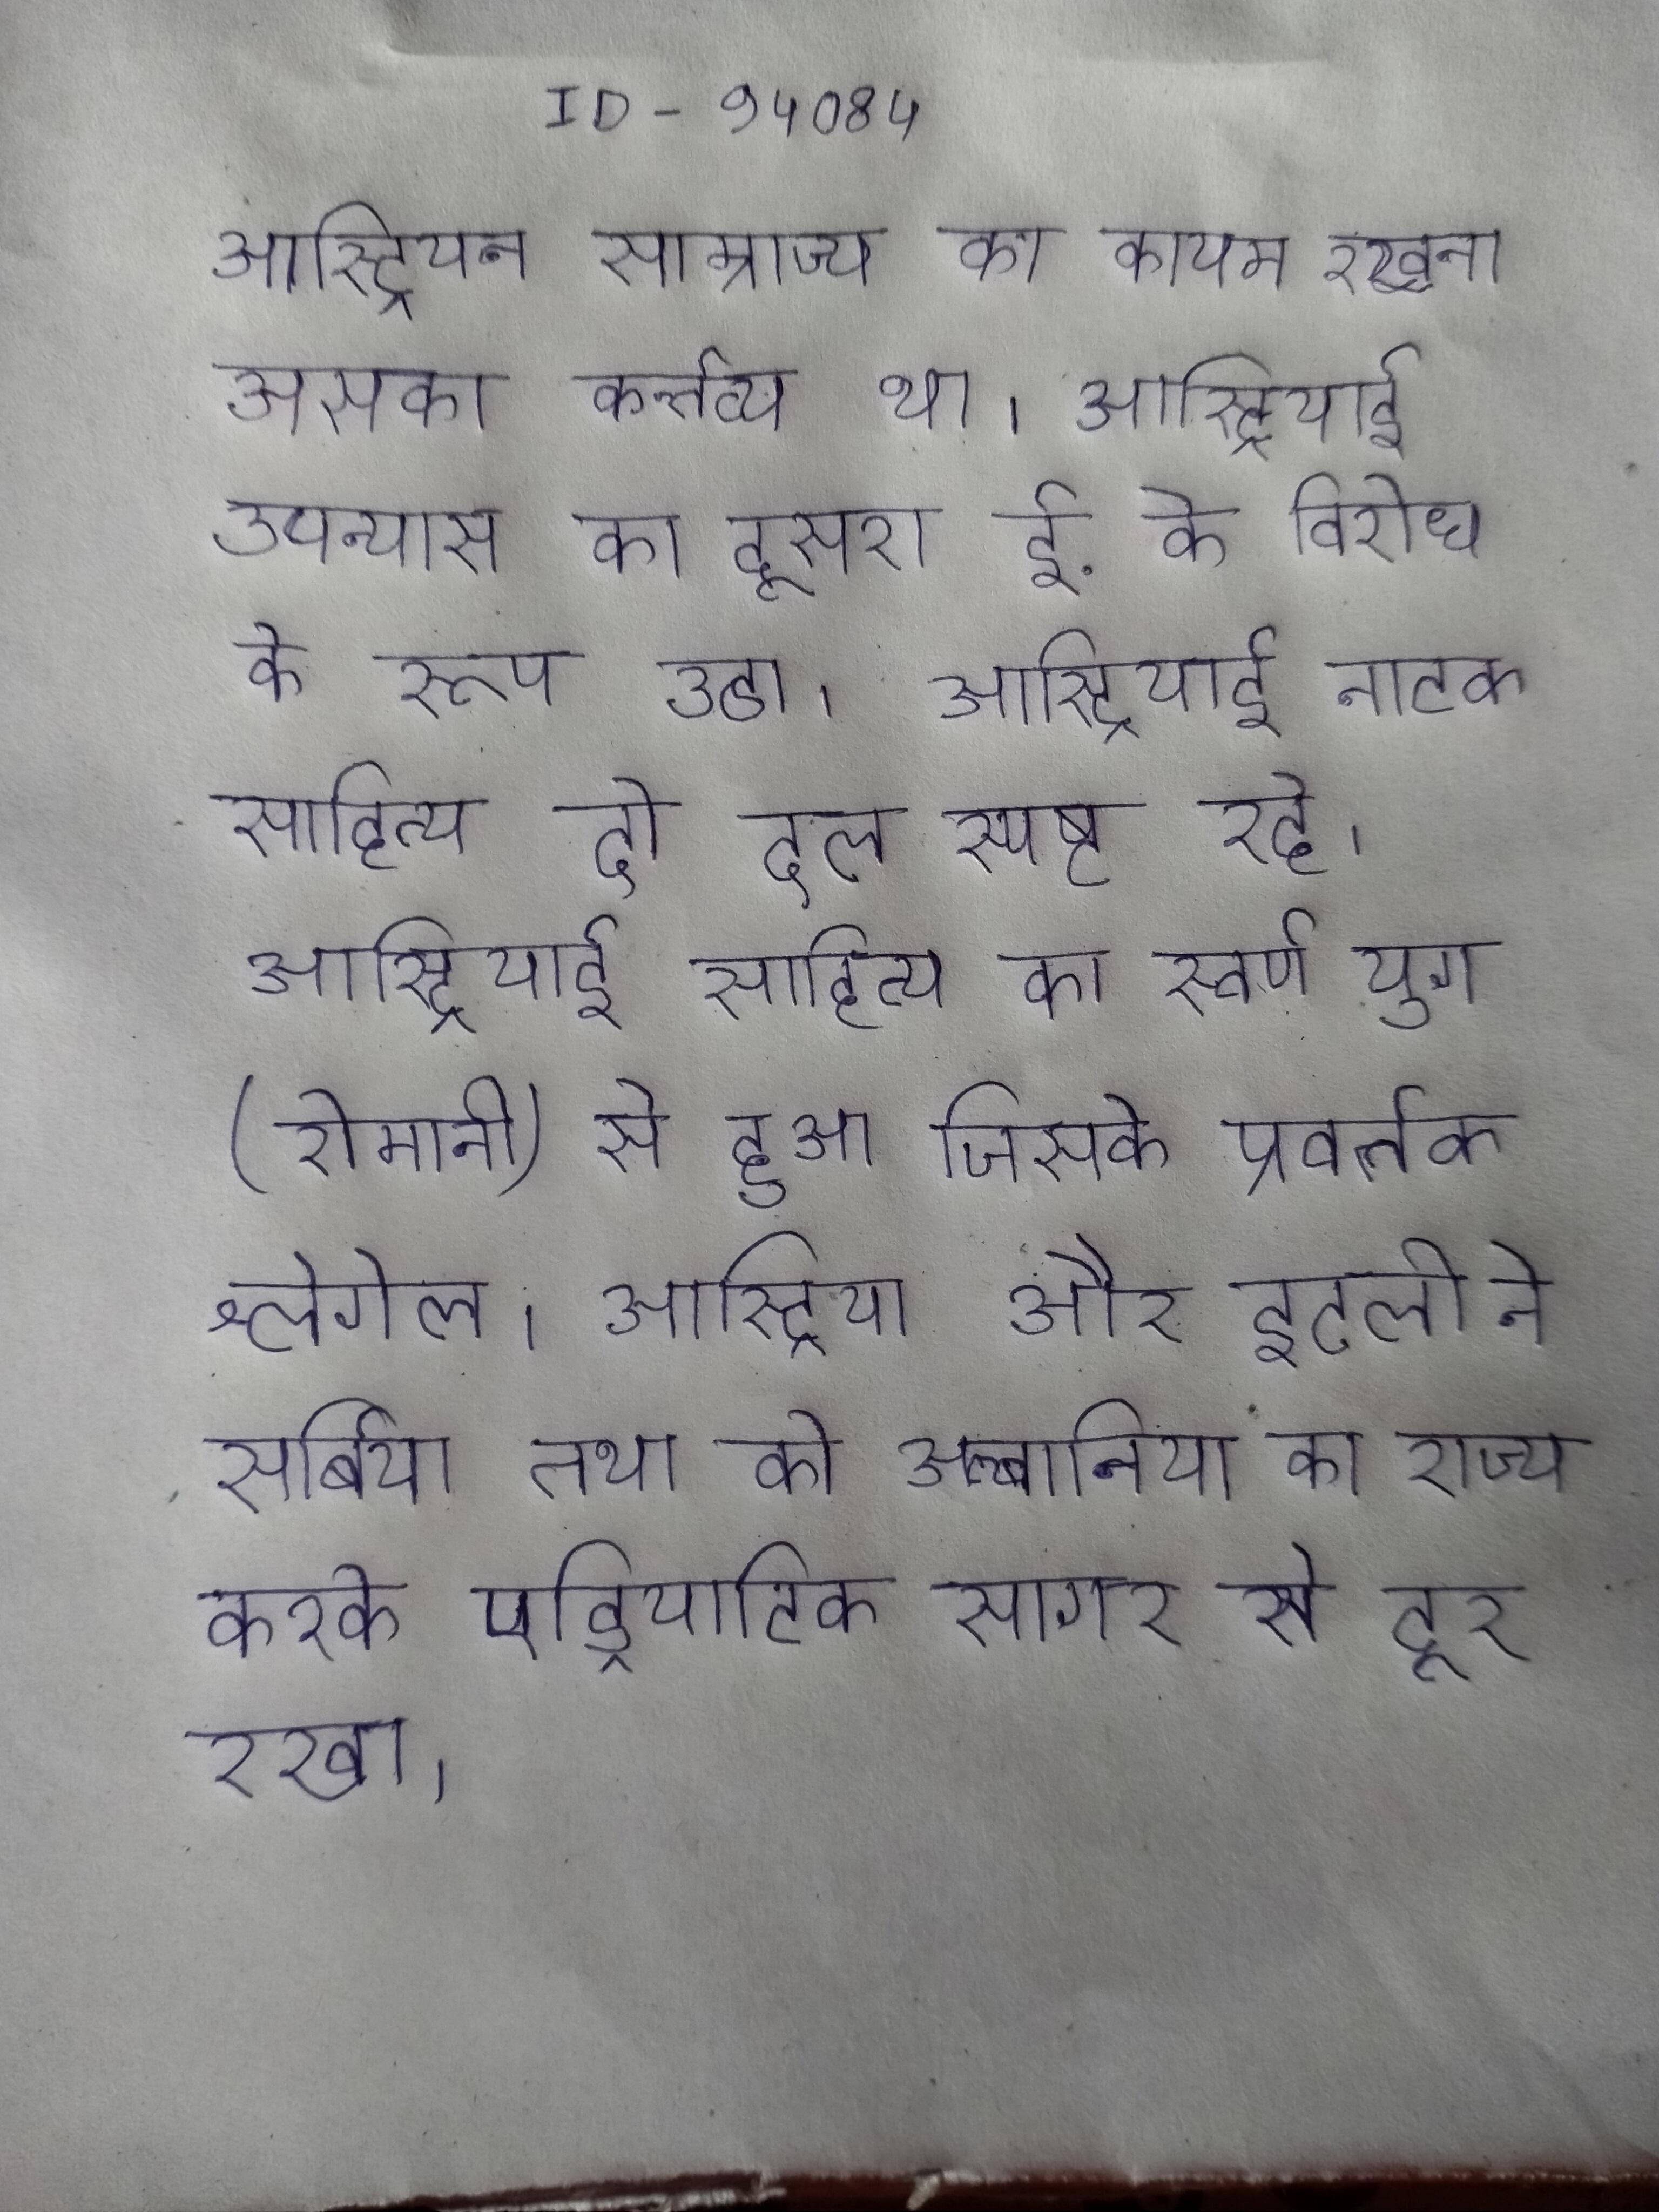
आस्ट्रियन साम्राज्य का कायम रखना उसका कर्त्तव्य था । आस्ट्रियाई उपन्यास का दूसरा ई. के विरोध के रूप उठा । आस्ट्रियाई नाटक साहित्य दो दल स्पष्ट रहे । आस्ट्रियाई साहित्य का स्वर्ण युग (रोमानी) से हुआ जिसके प्रवर्तक श्लेगेल । आस्ट्रिया और इटली ने सर्बिया तथा को अल्बानिया का राज्य करके एड्रियाटिक सागर से दूर रखा ।